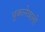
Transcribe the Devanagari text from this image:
चुकानेवालों